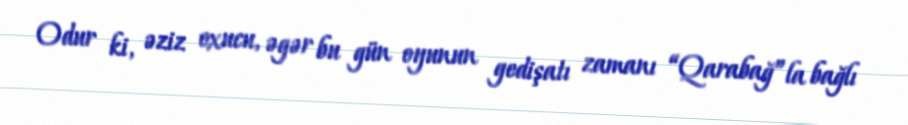
Odur ki, əziz oxucu, əgər bu gün oyunun gedişatı zamanı “Qarabağ”la bağlı